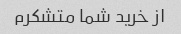
از خرید شما متشکرم